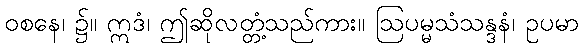
ဝစနေ၊ ၌။ ဣဒံ၊ ဤဆိုလတ္တံ့သည်ကား။ ဩပမ္မသံသန္ဒနံ၊ ဥပမာ